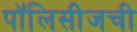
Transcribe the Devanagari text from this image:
पॉलिसीजची